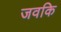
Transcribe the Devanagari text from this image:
जवकि